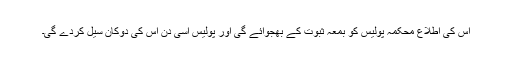
اس کی اطلاع محکمہ پولیس کو بمعہ ثبوت کے بھجوائے گی اور پولیس اسی دن اس کی دوکان سیل کردے گی۔